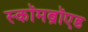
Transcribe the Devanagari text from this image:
स्कॉमब्रॉएड